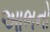
આભનો